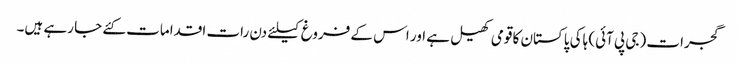
گجرات (جی پی آئی) ہاکی پاکستان کا قومی کھیل ہے اور اس کے فروغ کیلئے دن رات اقدامات کئے جا رہے ہیں۔